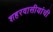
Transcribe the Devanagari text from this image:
शहरवासीयांची